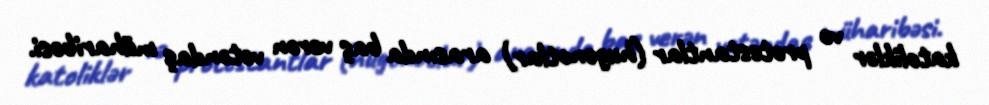
katoliklər və protestantlar (hugenotlar) arasında baş verən vətəndaş müharibəsi.